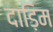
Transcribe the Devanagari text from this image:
दाड़िम